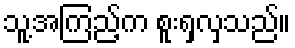
သူ့အကြည့်က စူးရှလှသည်။